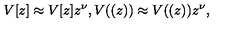
V [ z ] \approx V [ z ] z ^ { \nu } , V ( ( z ) ) \approx V ( ( z ) ) z ^ { \nu } ,